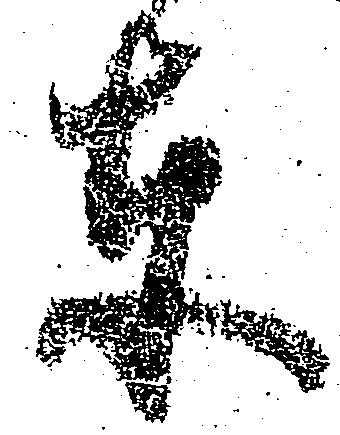
東